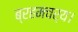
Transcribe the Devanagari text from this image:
ब्रहमचर्य।